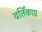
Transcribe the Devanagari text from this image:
वर्तिंकाग्र